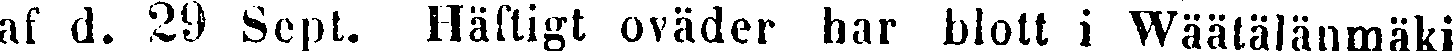
af d. 29 Sept. Häftigt oväder har blott i Wäätälänmäki